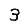
Digit: 3